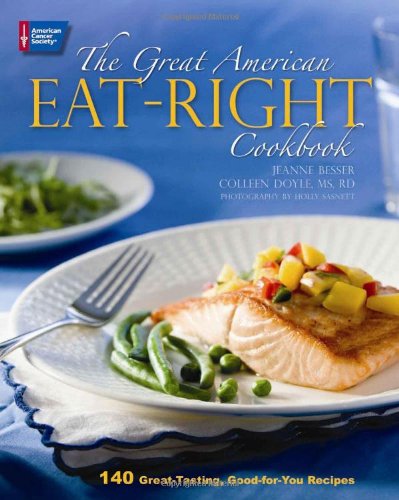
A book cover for The Great American Eat-Right Cookbook: 140 Great-Tasting, Good-for-You Recipes; Jeanne Besser; Cookbooks, Food & Wine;